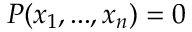
P ( x _ { 1 } , . . . , x _ { n } ) = 0